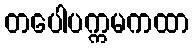
တပေါပက္ကမကထာ